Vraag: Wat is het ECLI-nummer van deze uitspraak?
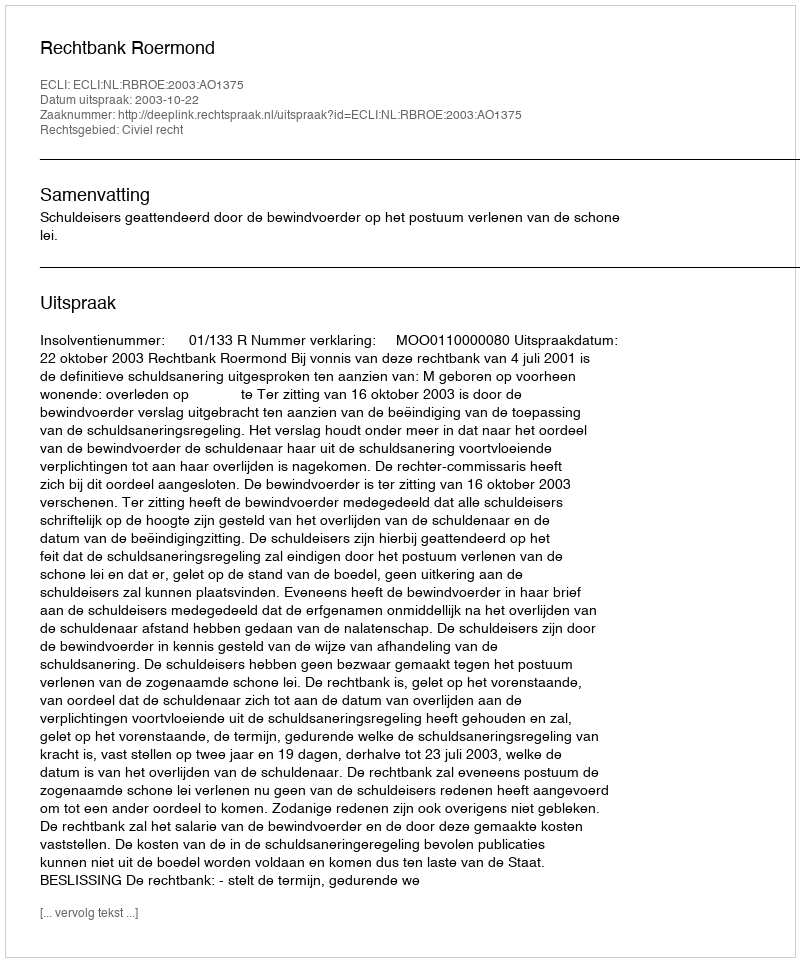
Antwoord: ECLI:NL:RBROE:2003:AO1375